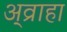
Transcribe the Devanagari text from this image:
अ्व्राहा